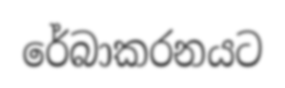
රේබාකරනයට